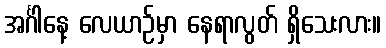
အင်္ဂါနေ့ လေယာဉ်မှာ နေရာလွတ် ရှိသေးလား။